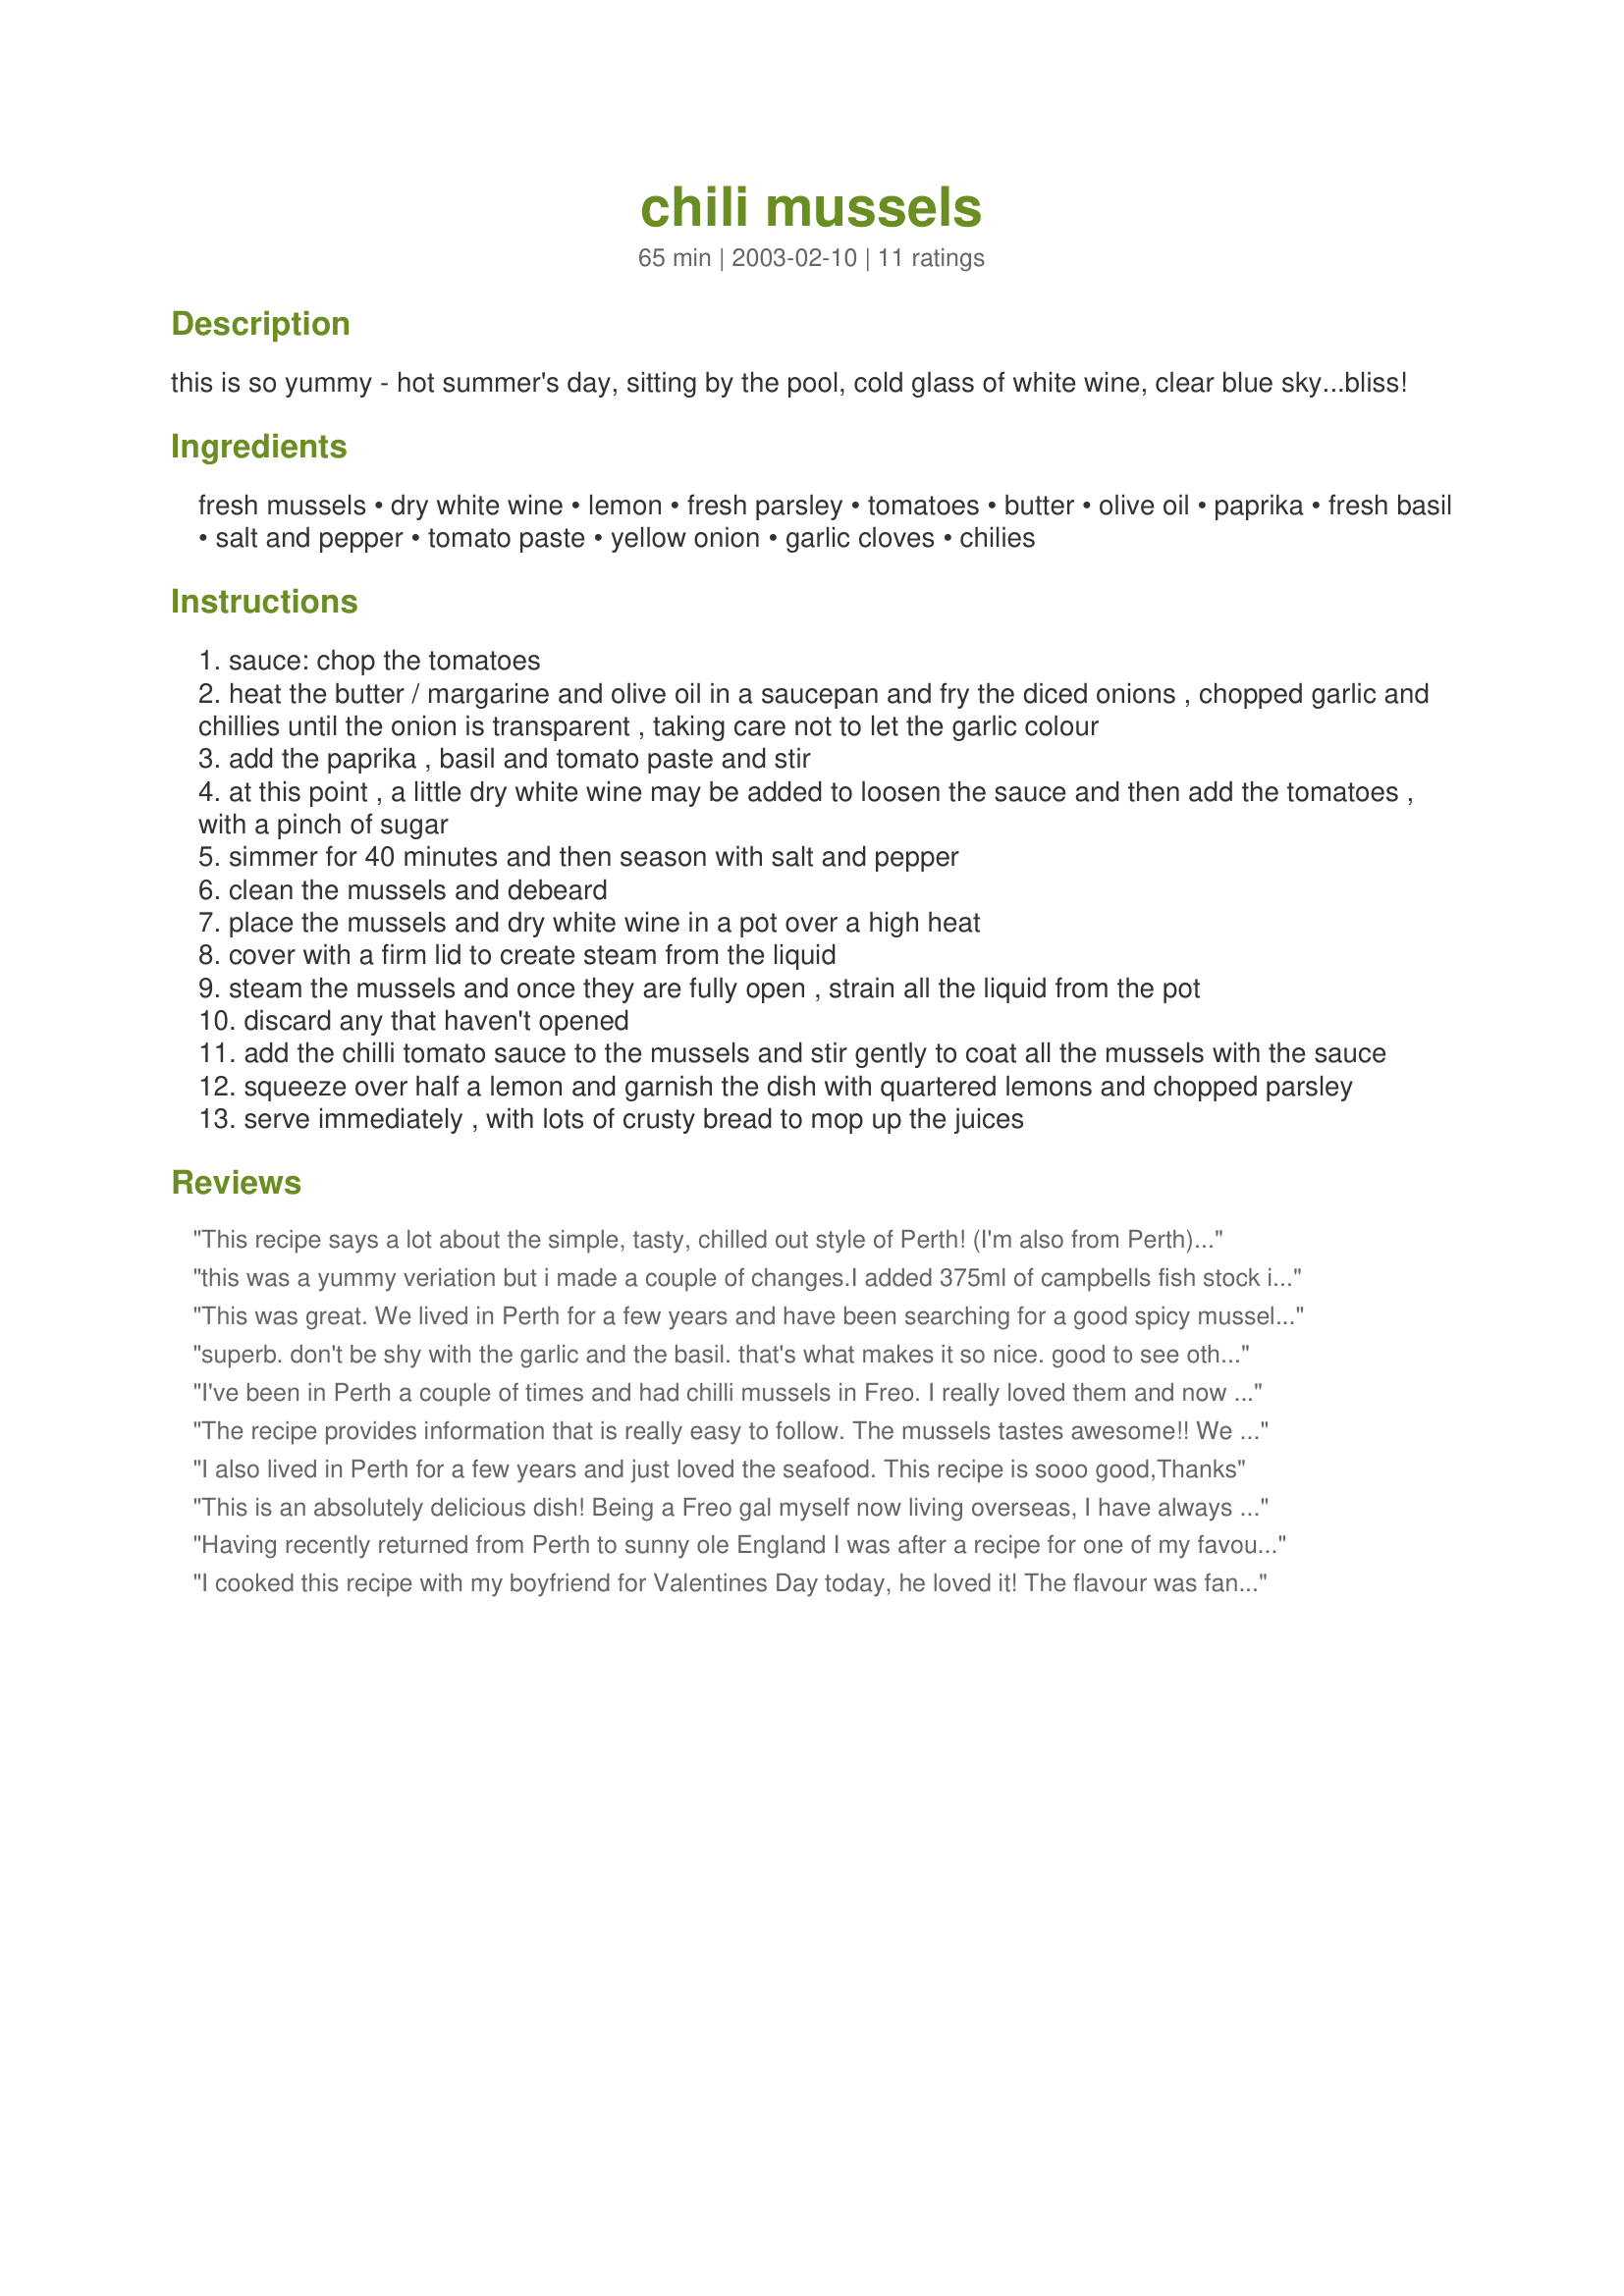
chili mussels
Preparation time: 65 minutes

this is so yummy - hot summer's day, sitting by the pool, cold glass of white wine, clear blue sky...bliss!

Ingredients:
fresh mussels, dry white wine, lemon, fresh parsley, tomatoes, butter, olive oil, paprika, fresh basil, salt and pepper, tomato paste, yellow onion, garlic cloves, chilies

Steps:
sauce: chop the tomatoes
heat the butter / margarine and olive oil in a saucepan and fry the diced onions , chopped garlic and chillies until the onion is transparent , taking care not to let the garlic colour
add the paprika , basil and tomato paste and stir
at this point , a little dry white wine may be added to loosen the sauce and then add the tomatoes , with a pinch of sugar
simmer for 40 minutes and then season with salt and pepper
clean the mussels and debeard
place the mussels and dry white wine in a pot over a high heat
cover with a firm lid to create steam from the liquid
steam the mussels and once they are fully open , strain all the liquid from the pot
discard any that haven't opened
add the chilli tomato sauce to the mussels and stir gently to coat all the mussels with the sauce
squeeze over half a lemon and garnish the dish with quartered lemons and chopped parsley
serve immediately , with lots of crusty bread to mop up the juices

Reviews:
This recipe says a lot about the simple, tasty, chilled out style of Perth! (I'm also from Perth)Delicious!
this was a yummy veriation but i made a couple of changes.I added 375ml of campbells fish stock instead of water and still added about 1/2 cup white wine,at the end of 40min.i added 1/2 cup cream. BEAUTIFUL
This was great. We lived in Perth for a few years and have been searching for a good spicy mussel recipe for years. This was perfect. Very quick to make and pretty foolproof. This is a regular with us now. Thanks so much for posting it.
superb. don't be shy with the garlic and the basil. that's what makes it so nice. good to see other Perthites enjoying WA mussels as well
I've been in Perth a couple of times and had chilli mussels in Freo. I really loved them and now I wanted to make them her in Holland as well. I searched the australian Google and foud this recipe. It was great! I really loved it! I am going to prepare it for my parents as well as they have lived in Perth and they miss the chilli mussels (among other things). And I gave the recipe to a collegue who is going to prepare it this weekend.<br/>Thank you!
The recipe provides information that is really easy to follow. The mussels tastes awesome!!
We added half a cup of wine for the sauce though and lotsa chili to make it extra spicy. =) Thanks!!
I also lived in Perth for a few years and just loved the seafood. This recipe is sooo good,Thanks
This is an absolutely delicious dish! Being a Freo gal myself now living overseas, I have always been looking out for the perfect chili mussel recipe. I need look no more! This recipe is authentic with the perfect amount of spice to tomato ratio. A suggestion - serve with lightly toasted baguette slices that have their sides rubbed with a garlic clove. Yummo!
Having recently returned from Perth to sunny ole England I was after a recipe for one of my favourite meals while I was there, and I think I found it. Superb
I cooked this recipe with my boyfriend for Valentines Day today, he loved it! The flavour was fantastic. We however didn't think it made enough sauce for 2kg of mussels may increase the amount next time. Also we added a few more large chopped chillies for extra hotness! YumYum.
YUMMMMMMMMMMMMMMY I love chlli mussels and this was great. Im also from Perth so I'd give an extra 10 stars for that !!!!
